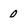
Character: 0